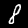
Digit: 8